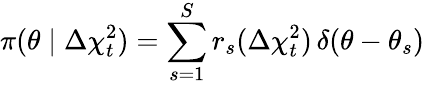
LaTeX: \pi(\theta\mid\Delta\chi_{t}^{2})=\sum_{s=1}^{S}r_{s}(\Delta\chi_{t}^{2})\, \delta(\theta-\theta_{s})